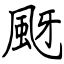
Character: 颬